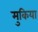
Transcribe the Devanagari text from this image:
मुकिया